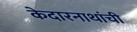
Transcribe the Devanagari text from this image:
केदारनाथांची